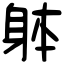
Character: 躰